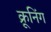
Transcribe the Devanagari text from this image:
क्रूनिंग